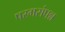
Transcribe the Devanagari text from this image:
परमसंपन्न